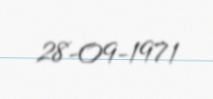
28-09-1971